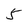
Character: 5